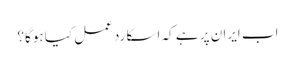
اب ایران پر ہے کہ اسکا ردعمل کیا ہوگا؟